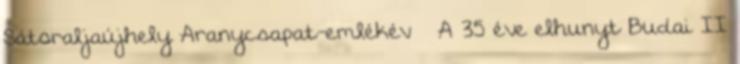
Sátoraljaújhely Aranycsapat-emlékév – A 35 éve elhunyt Budai II